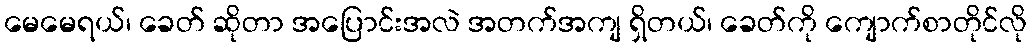
မေမေရယ်၊ ခေတ် ဆိုတာ အပြောင်းအလဲ အတက်အကျ ရှိတယ်၊ ခေတ်ကို ကျောက်စာတိုင်လို